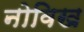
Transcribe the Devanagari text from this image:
नोविख